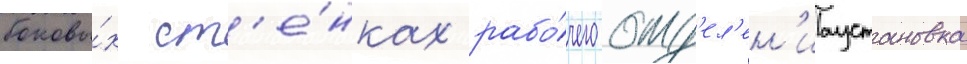
боковы́х ст'е́нках рабо́чего отд'ел'ен'иаустановка